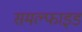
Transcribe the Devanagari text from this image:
समल्फाइड